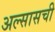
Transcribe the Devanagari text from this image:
अल्सासची